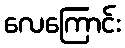
လေကြောင်း